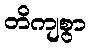
တိကျစွာ